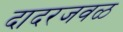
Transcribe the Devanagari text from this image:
दादरजवळ